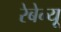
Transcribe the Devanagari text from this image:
रेबेन्यू